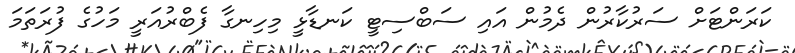
ކަރަންޓަށް ސަރުކާރުން ދެމުން އައި ސަބްސިޓީ ކަނޑާޅީ މިހިނގާ ފެބްރުއަރީ މަހުގެ ފުރަތަމަ